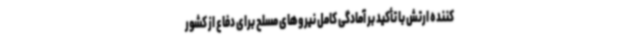
کننده ارتش با تأکید بر آمادگی کامل نیروهای مسلح برای دفاع از کشور